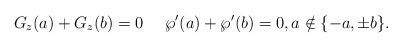
LaTeX: \begin{align*}G_{z}(a)+G_{z}(b)=0\ \ \ \ \wp^{\prime}(a)+\wp^{\prime}(b)=0,a\notin \{-a,\pm b\}. \end{align*}